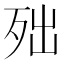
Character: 𣧪